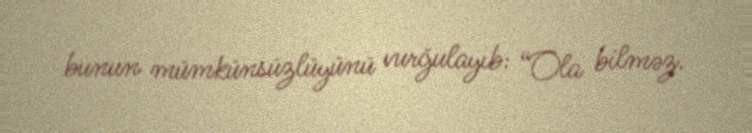
bunun mümkünsüzlüyünü vurğulayıb: “Ola bilməz.